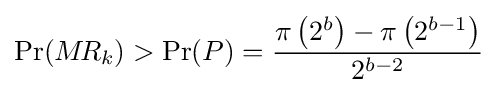
\Pr(M\!R_{k})>\Pr(P)={\frac {\pi \left(2^{b}\right)-\pi \left(2^{b-1}\right)}{2^{b-2}}}